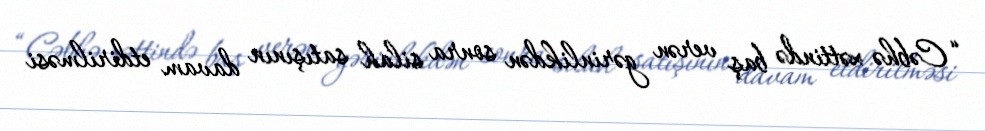
“Cəbhə xəttində baş verən gərinlikdən sonra silah satışının davam etdirilməsi